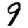
Digit: 9